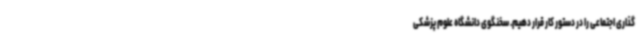
گذاری اجتماعی را در دستور کار قرار دهیم. سخنگوی دانشگاه علوم پزشکی